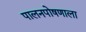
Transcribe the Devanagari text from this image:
पालनपोषणाला